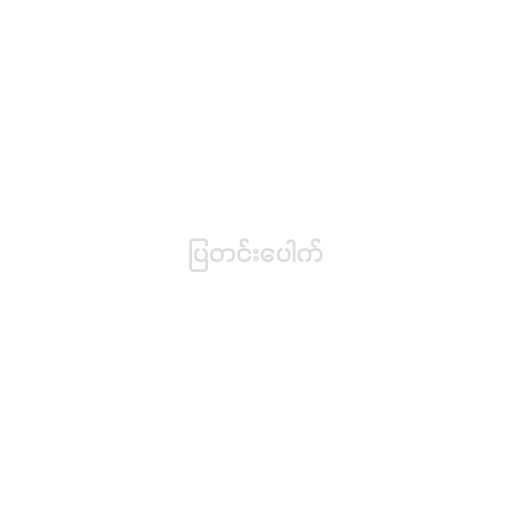
ပြတင်းပေါက်